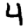
Digit: 4